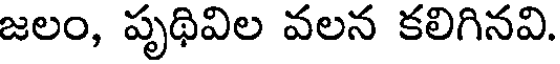
జలం, పృథివిల వలన కలిగినవి.